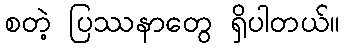
စတဲ့ ပြဿနာတွေ ရှိပါတယ်။